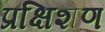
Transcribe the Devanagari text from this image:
प्रक्षिशण